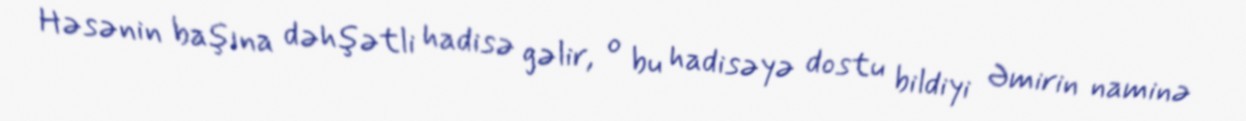
Həsənin başına dəhşətli hadisə gəlir, o bu hadisəyə dostu bildiyi Əmirin naminə